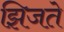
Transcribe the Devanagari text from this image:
झिजते